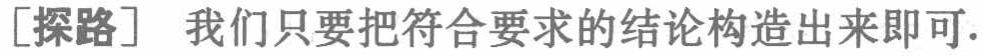
[探路] 我们只要把符合要求的结论构造出来即可.